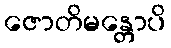
ဇောတိမန္တောပိ